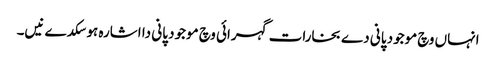
انہاں وچ موجود پانی دے بخارات گہرائی وچ موجود پانی دا اشارہ ہو سکدے نیں۔